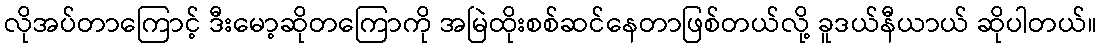
လိုအပ်တာကြောင့် ဒီးမော့ဆိုတကြောကို အမြဲထိုးစစ်ဆင်နေတာဖြစ်တယ်လို့ ခူဒယ်နီယာယ် ဆိုပါတယ်။